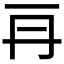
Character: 𠕂